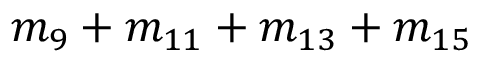
m _ { 9 } + m _ { 1 1 } + m _ { 1 3 } + m _ { 1 5 }